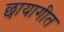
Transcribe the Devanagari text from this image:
छायागीत